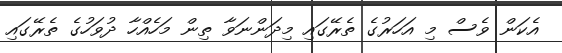
އެކަން ވެސް މި އަހަރުގެ ތެރޭގައި މިދަންނަވާ ތިން މަހެއްހާ ދުވަހުގެ ތެރޭގައި